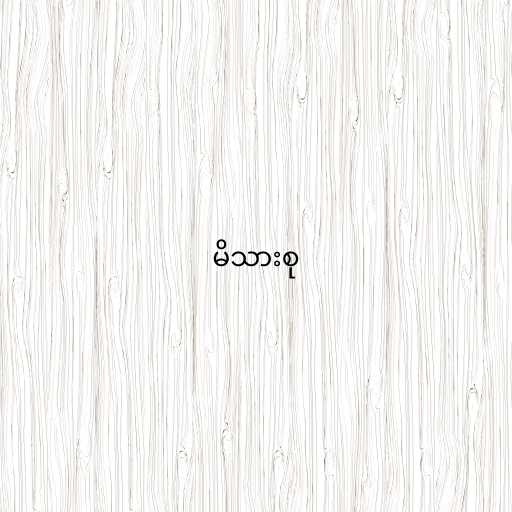
မိသားစု